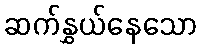
ဆက်နွှယ်နေသော